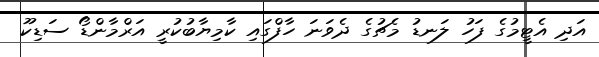
އަދި އެޓީމުގެ ފަހު ލަނޑު މެޗުގެ ދެވަނަ ހާފްގައި ކާމިޔާބުކުރީ އަރްމާންޑޯ ސަޑިކޫ